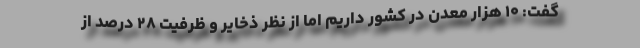
گفت: ۱۰ هزار معدن در کشور داریم اما از نظر ذخایر و ظرفیت ۲۸ درصد از